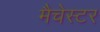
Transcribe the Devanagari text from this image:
मैचेस्टर